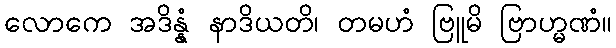
လောကေ အဒိန္နံ နာဒိယတိ၊ တမဟံ ဗြူမိ ဗြာဟ္မဏံ။